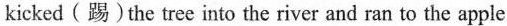
kicked (踢)the tree into the river and ran to the apple